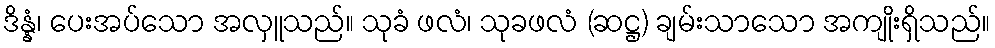
ဒိန္နံ၊ ပေးအပ်သော အလှူသည်။ သုခံ ဖလံ၊ သုခဖလံ (ဆဋ္ဌ) ချမ်းသာသော အကျိုးရှိသည်။